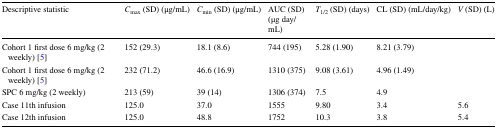
| Descriptive statistic | Cmax (SD) (μg/mL) | Cmin (SD) (μg/mL) | AUC (SD) (μg day/mL) | T1/2 (SD) (days) | CL (SD) (mL/day/kg) | V (SD) (L) |
 | --- | --- | --- | --- | --- | --- | --- |
 | Cohort 1 first dose 6 mg/kg (2 weekly) [5] | 152 (29.3) | 18.1 (8.6) | 744 (195) | 5.28 (1.90) | 8.21 (3.79) |  |
 | Cohort 1 first dose 6 mg/kg (2 weekly) [5] | 232 (71.2) | 46.6 (16.9) | 1310 (375) | 9.08 (3.61) | 4.96 (1.49) |  |
 | SPC 6 mg/kg (2 weekly) | 213 (59) | 39 (14) | 1306 (374) | 7.5 | 4.9 |  |
 | Case 11th infusion | 125.0 | 37.0 | 1555 | 9.80 | 3.4 | 5.6 |
 | Case 12th infusion | 125.0 | 48.8 | 1752 | 10.3 | 3.8 | 5.4 |